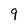
Character: 9